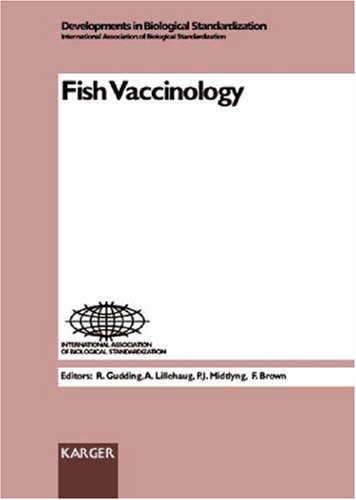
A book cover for Fish Vaccinology: Symposium Organized and Sponsored by the International Association of Biological Standardization, National Centre for Veterinary ... 1996 (Developments in Biologicals, Vol. 90); Medical Books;